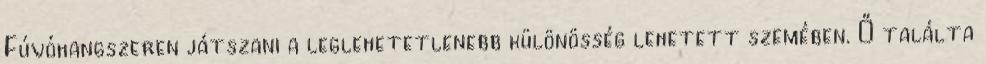
Fúvóhangszeren játszani a leglehetetlenebb különösség lehetett szemében. Ő találta